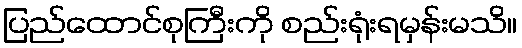
ပြည်ထောင်စုကြီးကို စည်းရုံးရမှန်းမသိ။